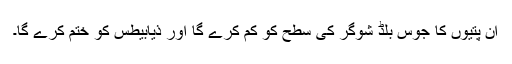
ان پتیوں کا جوس بلڈ شوگر کی سطح کو کم کرے گا اور ذیابیطس کو ختم کرے گا۔